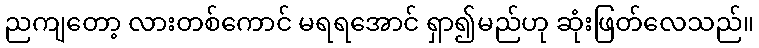
ညကျတော့ လားတစ်ကောင် မရရအောင် ရှာ၍မည်ဟု ဆုံးဖြတ်လေသည်။